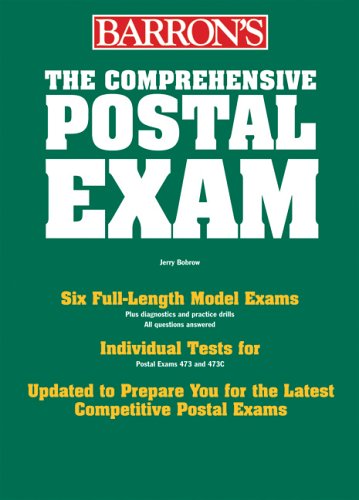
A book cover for The Comprehensive Postal Exam for 473/473-C (Barron's How to Prepare for the Comprehensive Us Postal Service Examination); Jerry Bobrow; Test Preparation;